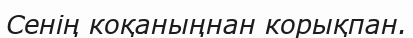
Сенің коқаныңнан корықпан.